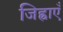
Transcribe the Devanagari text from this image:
जिह्वाएँ